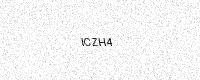
Text: ICZH4